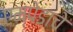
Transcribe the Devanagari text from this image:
एम्पेडाचे